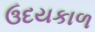
ઉદયકાળ